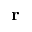
\mathbf { r }